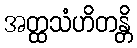
အတ္ထသံဟိတန္တိ